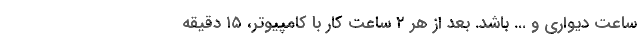
ساعت دیواری و ... باشد. بعد از هر ۲ ساعت کار با کامپیوتر، ۱۵ دقیقه